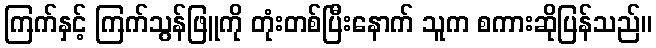
ကြက်နှင့် ကြက်သွန်ဖြူကို တုံးတစ်ပြီးနောက် သူက စကားဆိုပြန်သည်။